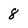
Character: 8